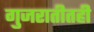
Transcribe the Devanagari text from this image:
गुजरातीतही